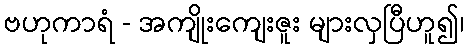
ဗဟုကာရံ - အကျိုးကျေးဇူး များလှပြီဟူ၍၊